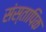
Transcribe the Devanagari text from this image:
संस्तापिक